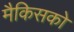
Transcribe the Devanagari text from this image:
मैकिसको